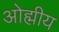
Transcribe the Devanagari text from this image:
ओह्मीय